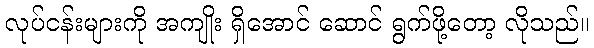
လုပ်ငန်းများကို အကျိုး ရှိအောင် ဆောင် ရွက်ဖို့တော့ လိုသည်။